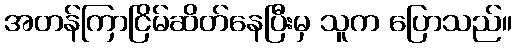
အတန်ကြာငြိမ်ဆိတ်နေပြီးမှ သူက ပြောသည်။